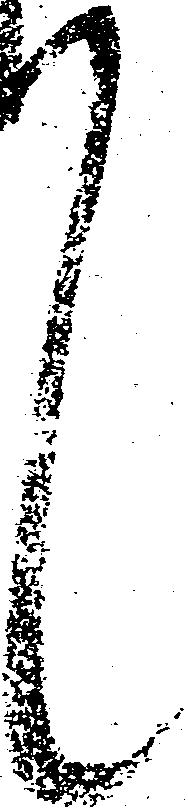
々